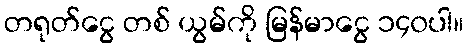
တရုတ်ငွေ တစ် ယွမ်ကို မြန်မာငွေ ၁၄၀ပါ။